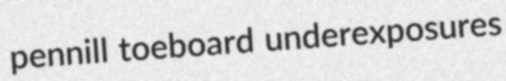
pennill toeboard underexposures